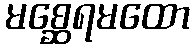
မစ္ဆေရမထော